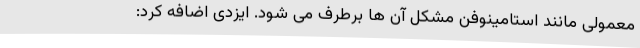
معمولی مانند استامینوفن مشکل آن ها برطرف می شود. ایزدی اضافه کرد: